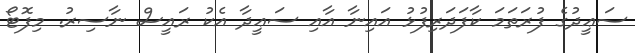
ސަޢީދުގެ ފުރަތަމަ ކާފަދަރިފުޅު އައިނާ އާއި ސަޢީދާ އެކު ރައީސް ނާސިރު. މިފޮޓޯ